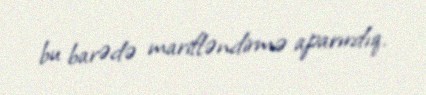
bu barədə marifləndirmə aparırdıq.